Civil Veterinary Dept. Bombay admin report 1932-41 - 1932-1941
Year: 1932
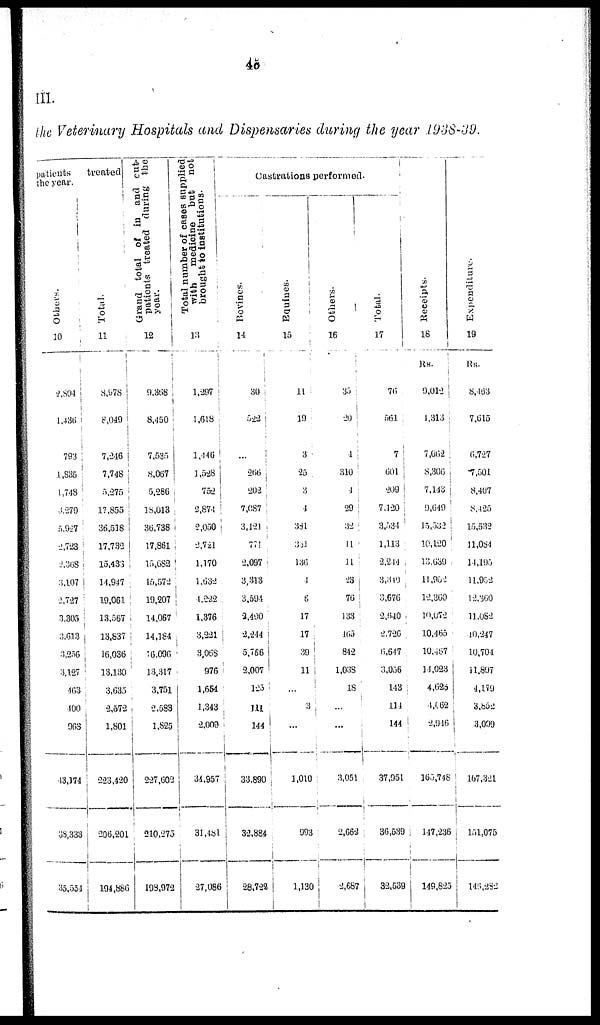
46
III.
the Veterinary Hospitals and Dispensaries during the year 1938-39.
patients
the year.
Others.
10
2,804
1,436
793
1,835
1,748
3,279
5,927
2,723
2,368
3,107
2,727
3,305
3,613
3,236
3,127
463
400
963
43,174
38,333
35,554
treated
Total.
11
8,978
8,049
7,246
7,748
5,275
17,855
36,518
17,732
15,433
11,947
19,061
13,567
13,837
16,036
13,130
3,635
2,572
1,801
223,420
206,201
194,886
Grand total of in and cut-
patients treated during the
year.
12
9,368
8,450
7,535
8,067
5,286
18,013
36,738
17,861
15,682
15,572
19,207
14,067
14,184
16,096
13,317
3,751
2,583
1,825
227,602
210,275
193,972
Total number of cases supplied
with medicine but not
brought to institutions.
13
1,297
...
1,440
1,528
752
2,874
2,050
2,721
1,170
1,632
4,222
1,376
3,221
3,068
976
1,664
1,343
2,009
31,957
31,481
27,086
Castrations performed.
Bovines.
14
1
30
522
...
266
202
7,087
3,121
774
2,097
3,313
3,594
2,490
2,244
5,766
2,007
125
111
144
33,890
32,884
28,722
Equines.
15
11
19
3
25
3
1
381
334
136
1
6
17
17
39
11
...
3
...
1,010
993
1,130
Others.
16
35
20
4
310
4
29
32
11
11
23
76
133
465
842
1,038
18
...
...
3,051
2,662
2,682
Total.
17
76
561
7
601
209
7,120
3,534
1,113
2,244
3,340
3,676
2,640
2,736
6,647
3,056
113
114
144
37,951
36,539
32,539
Receipts.
18
Rs.
9,012
1,313
7,062
8,306
7,143
9,649
15,532
10,120
13,639
11,952
12,360
10,072
10,465
10,467
11,023
4,625
4,062
2,946
165,748
147,236
149,825
Expenditure.
19
Rs.
8,463
7,615
6,727
7,501
8,407
8,425
15,532
11,084
14,195
11,952
12,360
11,082
10,247
10,704
11,807
4,179
3,852
3,099
167,321
151,075
146,282